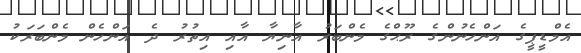
އެމްޑީޕީގެ އަންހެނުންގެ ރޫޙްގެ މެންބަރު އާނިޔާ އާއި އިތުރު ދެ އަންހެން މެންބަރަކު